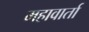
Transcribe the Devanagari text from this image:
महावार्ता